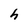
Character: h